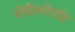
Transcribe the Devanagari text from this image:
सेफैलोपॉड